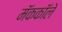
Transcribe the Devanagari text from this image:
मॅककॉले